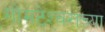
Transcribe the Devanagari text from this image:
गोमटेश्‍वराच्या